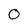
Character: 0